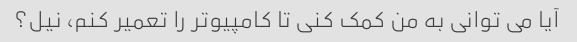
آیا می توانی به من کمک کنی تا کامپیوتر را تعمیر کنم، نیل؟